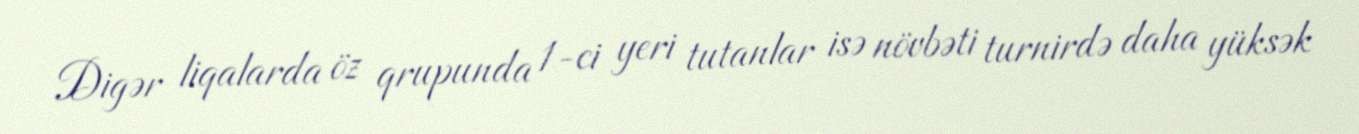
Digər liqalarda öz qrupunda 1-ci yeri tutanlar isə növbəti turnirdə daha yüksək